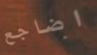
اضاجع